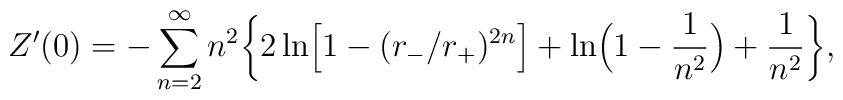
Z'(0)=-\sum_{n=2}^{\infty}n^{2} \biggr \{2 \ln \Bigr[1-(r_{-}/r_{+})^{2n} \Bigr]+ \ln \Bigr(1-{1\over n^{2}}\Bigr)+{1\over n^{2}} \biggr \} ,